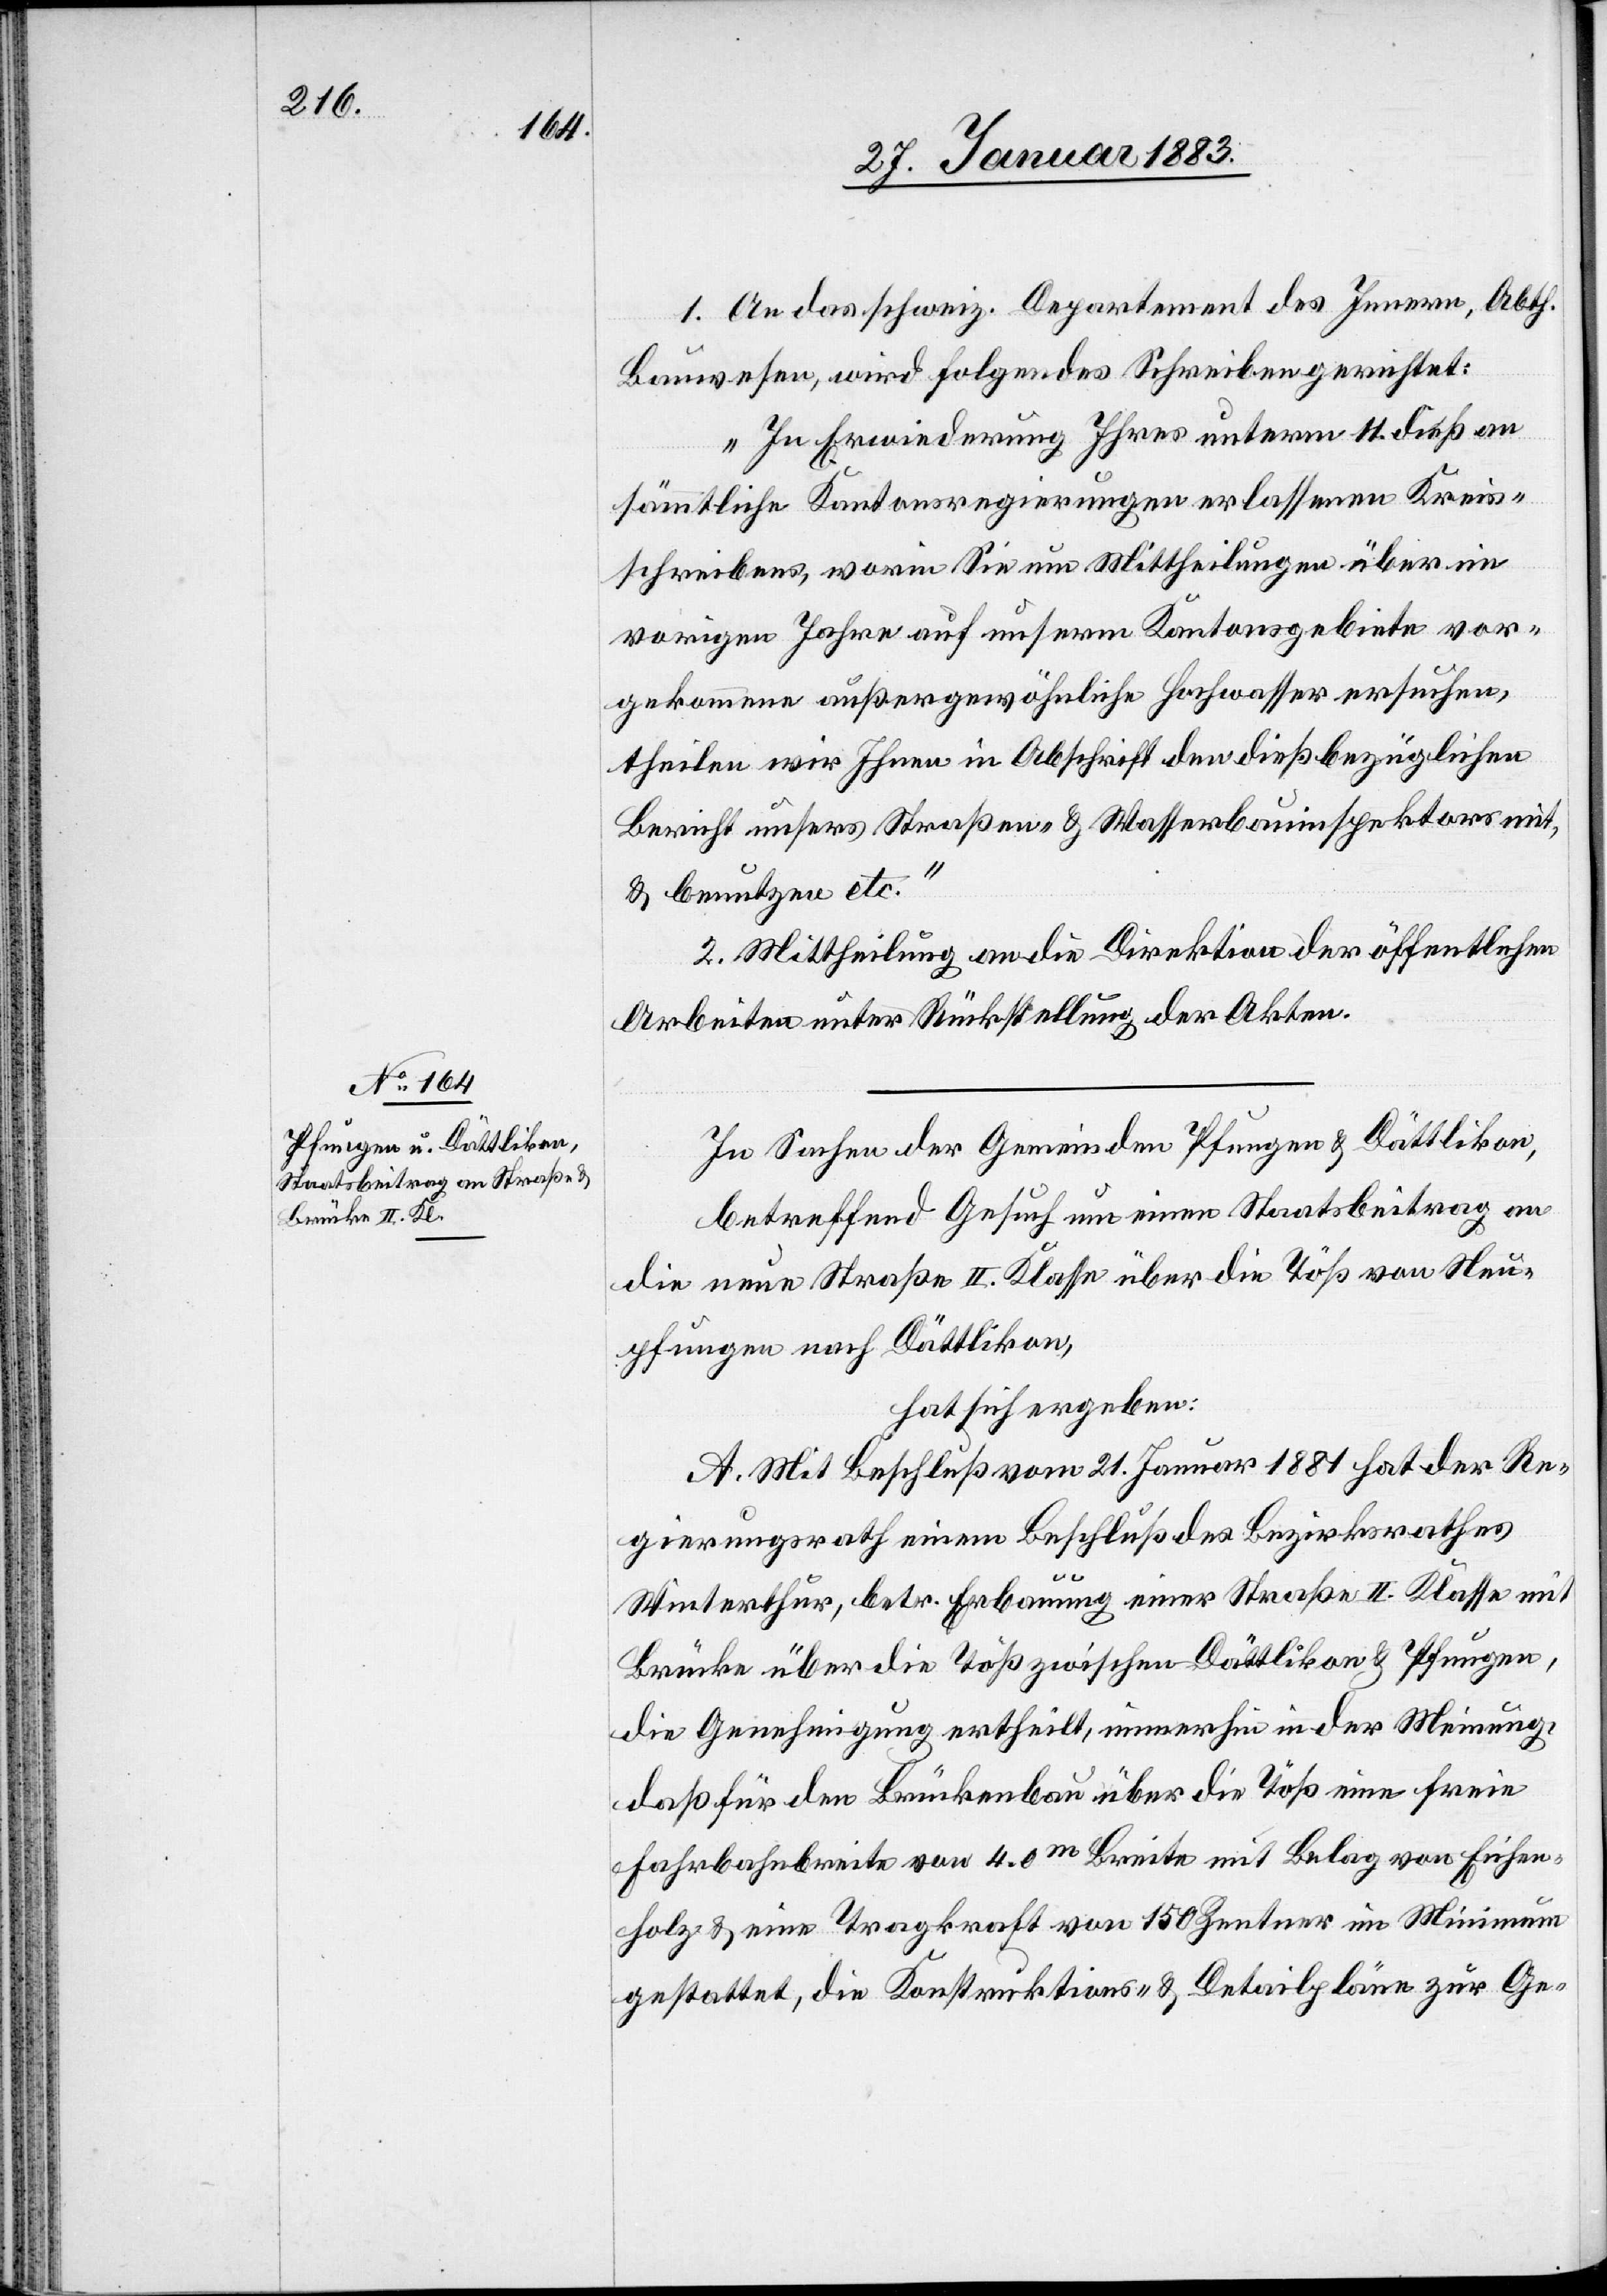
1. An das schweiz. Departement des Innern, Abth.
Bauwesen, wird folgendes Schreiben gerichtet:
„In Erwiederung Ihres unterm 11. dieß an
sämmtliche Kantonsregierungen erlassenen Kreis¬
schreibens, worin Sie um Mittheilungen über im
vorigen Jahre auf unserm Kantonsgebiete vor¬
gekommene außergewöhnliche Hochwasser ersuchen,
theilen wir Ihnen in Abschrift den dießbezüglichen
Bericht unsers Straßen- & Wasserbauinspektors mit,
& benutzen etc.“
2. Mittheilung an die Direktion der öffentlichen
Arbeiten unter Rückstellung der Akten.